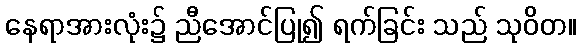
နေရာအားလုံး၌ ညီအောင်ပြု၍ ရက်ခြင်း သည် သုဝိတ။